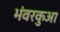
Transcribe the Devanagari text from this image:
भंवरकुआ